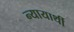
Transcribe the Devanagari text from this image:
न्यायार्थी